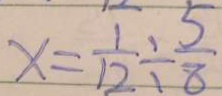
x = \frac { 1 } { 1 2 } \div \frac { 5 } { 8 }